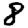
Digit: 8